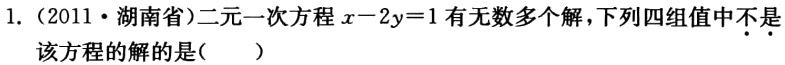
1.（2011·湖南省）二元一次方程\(x - 2y = 1\)有无数多个解，下列四组值中不•是•该方程的解的是（  ）